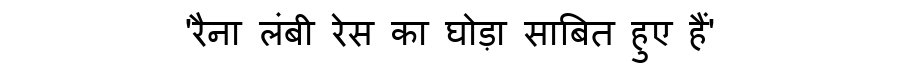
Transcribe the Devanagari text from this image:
'रैना लंबी रेस का घोड़ा साबित हुए हैं'